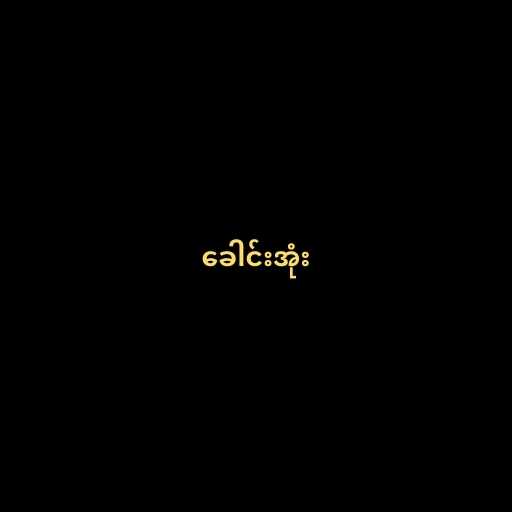
ခေါင်းအုံး